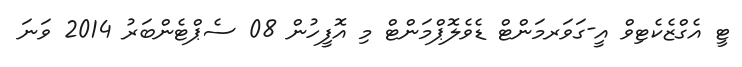
ޓީ އެގްޒެކެޓިވް އީ-ގަވަރމަންޓް ޑެވެލޮޕްމަންޓް މި އޮފީހުން 08 ސެޕްޓެންބަރު 2014 ވަނަ